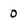
Character: 0